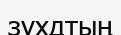
зухдтың